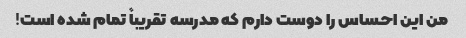
من این احساس را دوست دارم که مدرسه تقریباً تمام شده است!